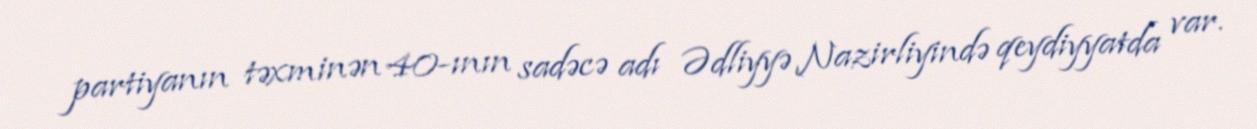
partiyanın təxminən 40-ının sadəcə adı Ədliyyə Nazirliyində qeydiyyatda var.